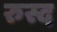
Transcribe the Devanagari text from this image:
रुस्द